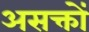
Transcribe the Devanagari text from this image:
असक्तों